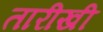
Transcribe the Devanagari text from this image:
तारीखी